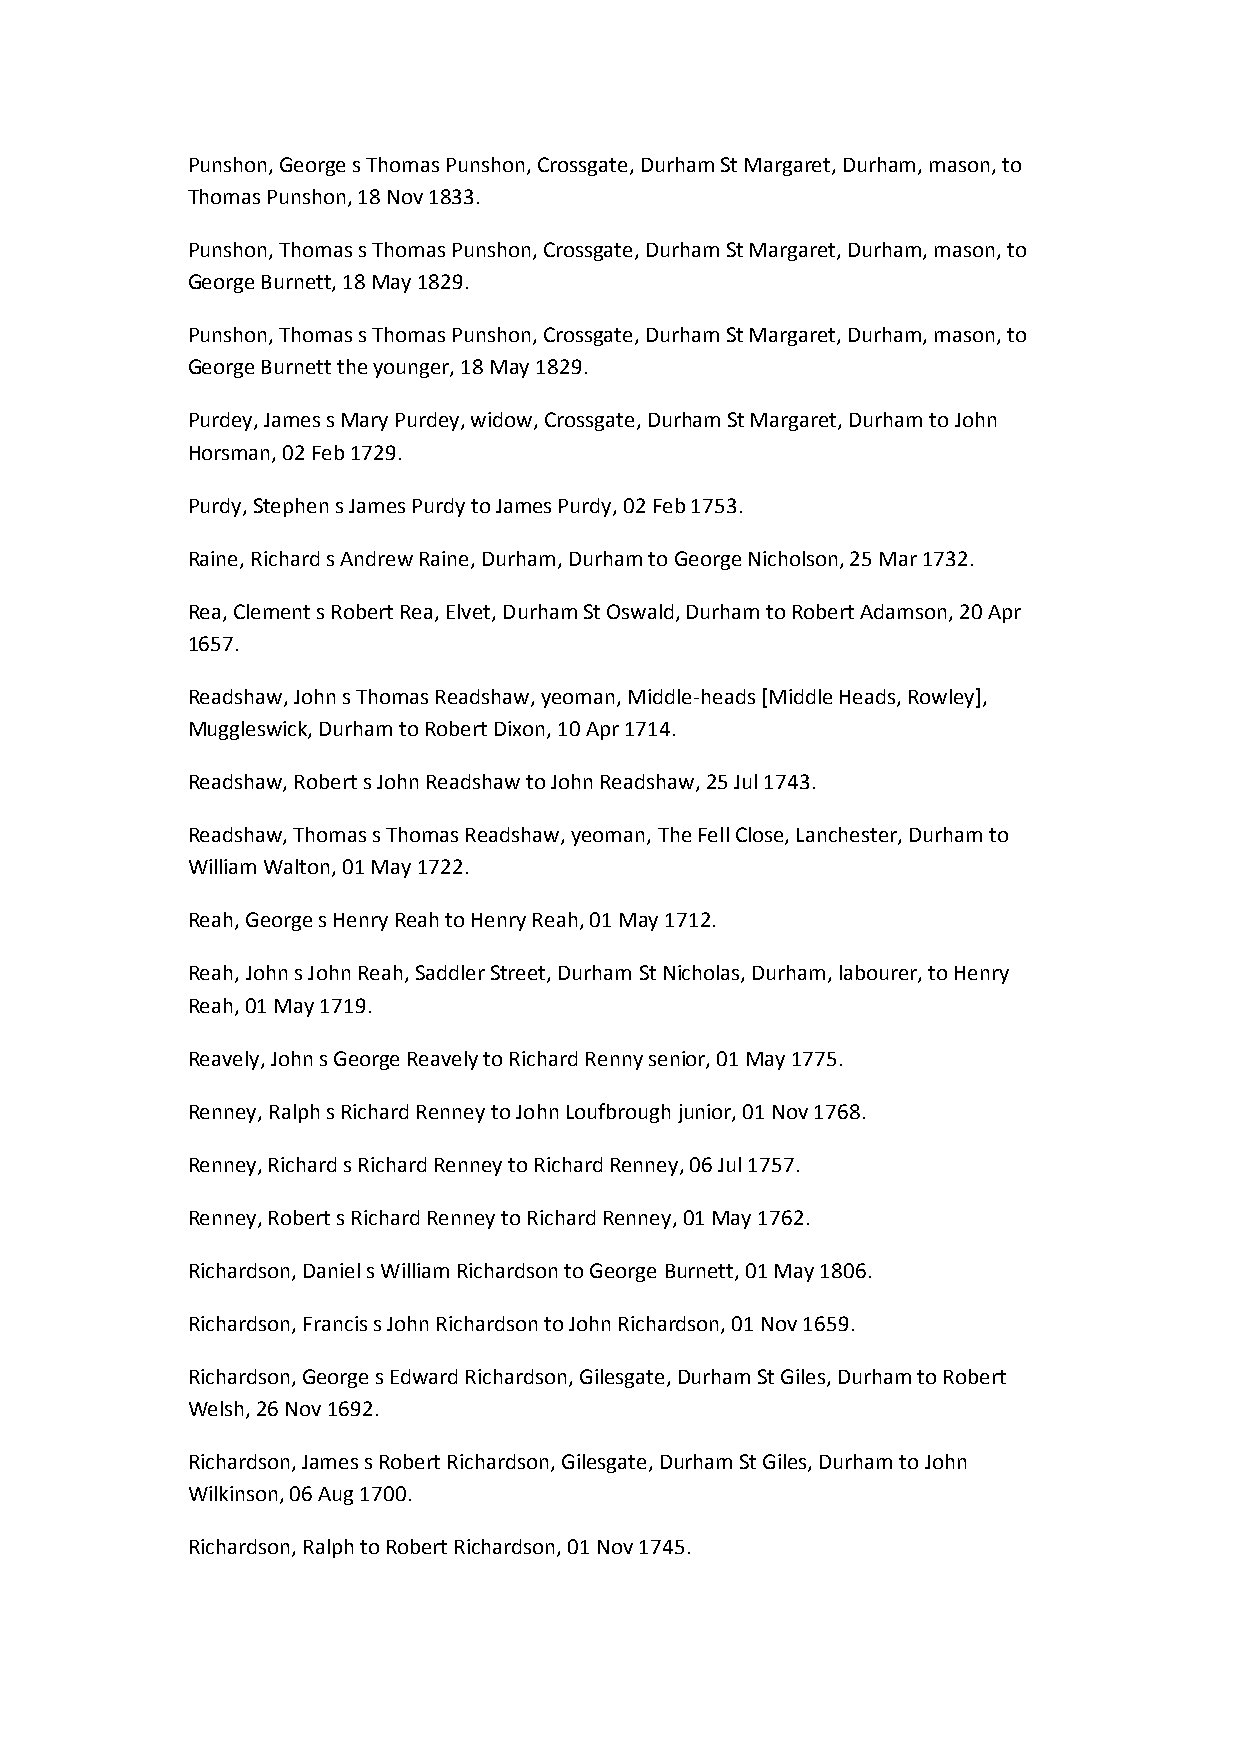
Punshon, George s Thomas Punshon, Crossgate, Durham St Margaret, Durham, mason, to
 Thomas Punshon, 18 Nov 1833.
 Punshon, Thomas s Thomas Punshon, Crossgate, Durham St Margaret, Durham, mason, to
 George Burnett, 18 May 1829.
 Punshon, Thomas s Thomas Punshon, Crossgate, Durham St Margaret, Durham, mason, to
 George Burnett the younger, 18 May 1829.
 Purdey, James s Mary Purdey, widow, Crossgate, Durham St Margaret, Durham to John
 Horsman, 02 Feb 1729.
 Purdy, Stephen s James Purdy to James Purdy, 02 Feb 1753.
 Raine, Richard s Andrew Raine, Durham, Durham to George Nicholson, 25 Mar 1732.
 Rea, Clement s Robert Rea, Elvet, Durham St Oswald, Durham to Robert Adamson, 20 Apr
 1657.
 Readshaw, John s Thomas Readshaw, yeoman, Middle-heads [Middle Heads, Rowley],
 Muggleswick, Durham to Robert Dixon, 10 Apr 1714.
 Readshaw, Robert s John Readshaw to John Readshaw, 25 Jul 1743.
 Readshaw, Thomas s Thomas Readshaw, yeoman, The Fell Close, Lanchester, Durham to
 William Walton, 01 May 1722.
 Reah, George s Henry Reah to Henry Reah, 01 May 1712.
 Reah, John s John Reah, Saddler Street, Durham St Nicholas, Durham, labourer, to Henry
 Reah, 01 May 1719.
 Reavely, John s George Reavely to Richard Renny senior, 01 May 1775.
 Renney, Ralph s Richard Renney to John Loufbrough junior, 01 Nov 1768.
 Renney, Richard s Richard Renney to Richard Renney, 06 Jul 1757.
 Renney, Robert s Richard Renney to Richard Renney, 01 May 1762.
 Richardson, Daniel s William Richardson to George Burnett, 01 May 1806.
 Richardson, Francis s John Richardson to John Richardson, 01 Nov 1659.
 Richardson, George s Edward Richardson, Gilesgate, Durham St Giles, Durham to Robert
 Welsh, 26 Nov 1692.
 Richardson, James s Robert Richardson, Gilesgate, Durham St Giles, Durham to John
 Wilkinson, 06 Aug 1700.
 Richardson, Ralph to Robert Richardson, 01 Nov 1745.